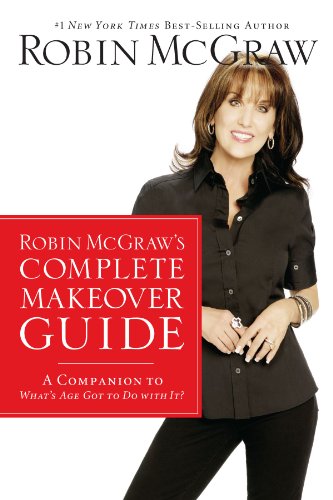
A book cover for Robin McGraw's Complete Makeover Guide: A Companion to What's Age Got to Do with It?; Robin McGraw; Health, Fitness & Dieting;